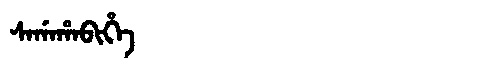
Manchu: ᠰᠠᡤᠠᡥᠠᠪᡳᡥᡝ
Romanization: SAGAHABIHE